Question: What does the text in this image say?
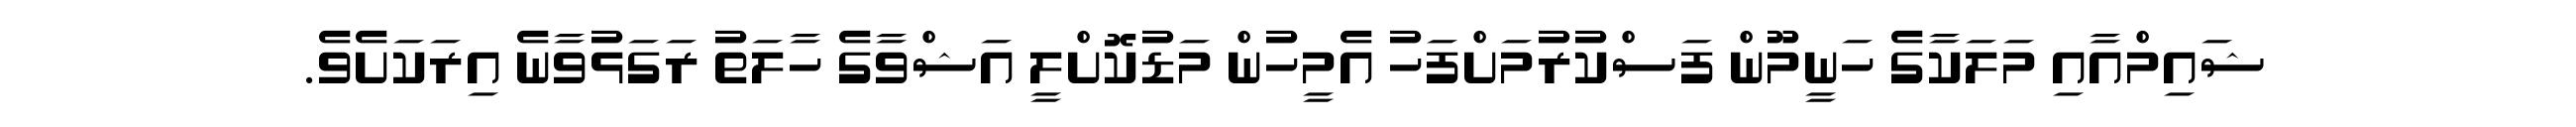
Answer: ޝައިމްއާއި މަލަކާގެ ހަނީމޫން ފަސްކުރުމަށްފަހު އެމީހުން މަޑުކޮށްލީ އަޝްވާގެ ހާލަތު ރަގަޅުވާނެ އިރަކަށެވެ.